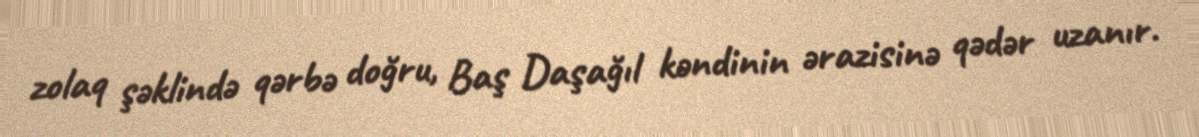
zolaq şəklində qərbə doğru, Baş Daşağıl kəndinin ərazisinə qədər uzanır.